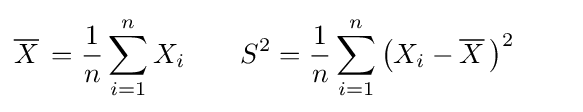
{\overline {X}}\,={\frac {1}{n}}\sum _{i=1}^{n}X_{i}\qquad S^{2}={\frac {1}{n}}\sum _{i=1}^{n}{\big (}X_{i}-{\overline {X}}\,{\big )}^{2}\qquad